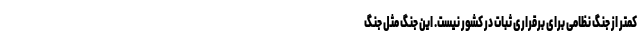
کمتر از جنگ نظامی برای برقراری ثبات در کشور نیست. این جنگ مثل جنگ